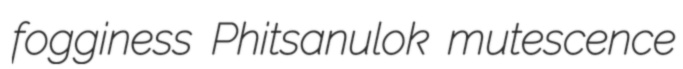
fogginess Phitsanulok mutescence